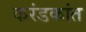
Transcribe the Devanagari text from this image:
करंडकांत